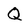
Character: Q